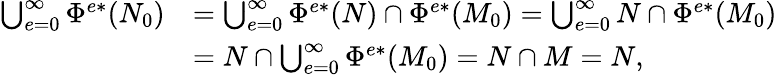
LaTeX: \begin{array}{rl}{\bigcup_{e=0}^{\infty}\Phi^{e*}(N_{0})}&{=\bigcup_{e=0}^{\infty}\Phi^{e*}(N)\cap\Phi^{e*}(M_{0})=\bigcup_{e=0}^{\infty}N\cap\Phi^{e*}(M_{0})}\\ &{=N\cap\bigcup_{e=0}^{\infty}\Phi^{e*}(M_{0})=N\cap M=N,}\end{array}